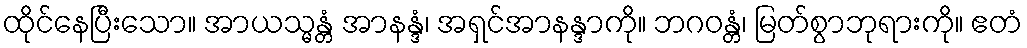
ထိုင်နေပြီးသော။ အာယသ္မန္တံ အာနန္ဒံ၊ အရှင်အာနန္ဒာကို။ ဘဂဝန္တံ၊ မြတ်စွာဘုရားကို။ ဧတံ